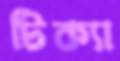
টিক্যা